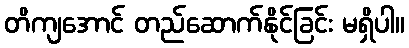
တိကျအောင် တည်ဆောက်နိုင်ခြင်း မရှိပါ။